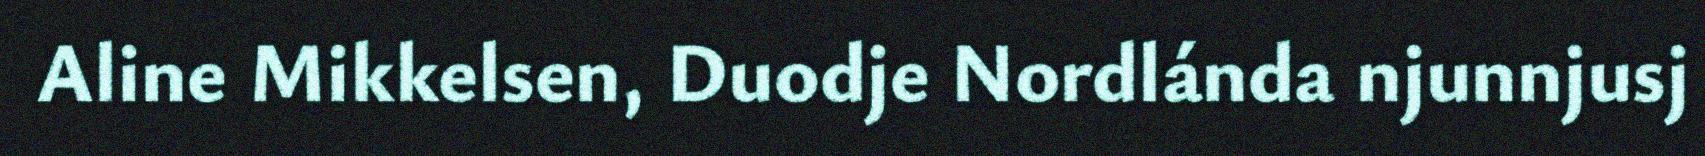
Aline Mikkelsen, Duodje Nordlánda njunnjusj